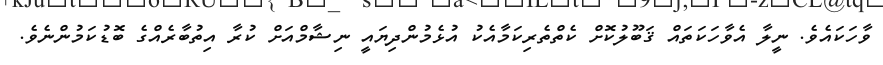
ވާހަކައެވެ. ނީލާ އެވާހަކަތައް ޤަބޫލުކޮށް ކެތްތެރިކަމާއެކު އުޅެމުންދިޔައީ ނިޝާމްއަށް ކުރާ އިތުބާރެއްގެ ބޮޑުކަމުންނެވެ.